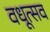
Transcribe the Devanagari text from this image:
वधूत्सव